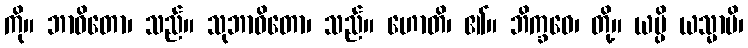
ကို။ ဘာဝိတော၊ သည်။ သုဘာဝိတော၊ သည်။ ဟောတိ၊ ၏။ ဘိက္ခဝေ၊ တို့။ ယမ္ပိ ယသ္မာပိ၊